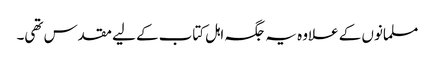
مسلمانوں کے علاوہ یہ جگہ اہل کتاب کے لیے مقدس تھی۔